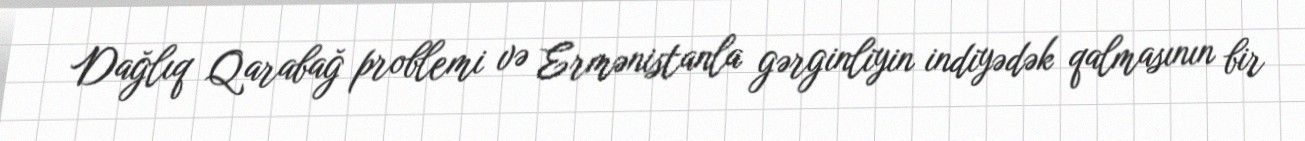
Dağlıq Qarabağ problemi və Ermənistanla gərginliyin indiyədək qalmasının bir